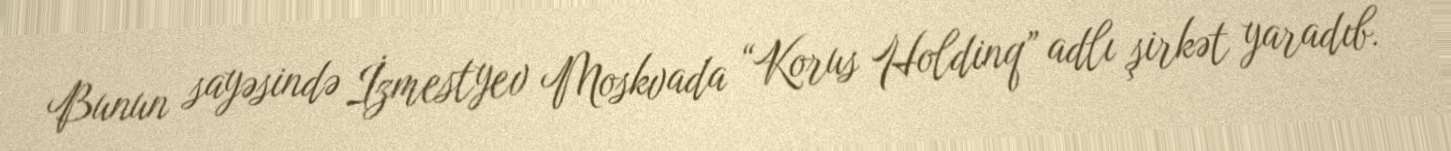
Bunun sayəsində İzmestyev Moskvada “Korus Holdinq” adlı şirkət yaradıb.